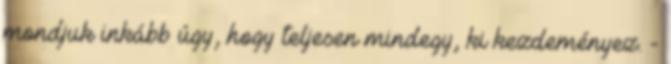
mondjuk inkább úgy, hogy teljesen mindegy, ki kezdeményez. -